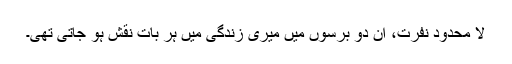
لا محدود نفرت، ان دو برسوں میں میری زندگی میں ہر بات نقش ہو جاتی تھی۔